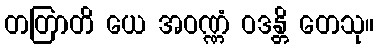
တတြာတိ ယေ အဝဏ္ဏံ ဝဒန္တိ တေသု။